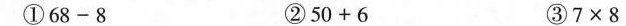
①$$68-8 $$②$$50+6 $$③$$7×8$$